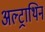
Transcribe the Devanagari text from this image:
अल्ट्राथिन